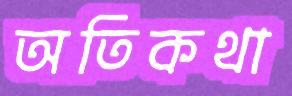
অতিকথা